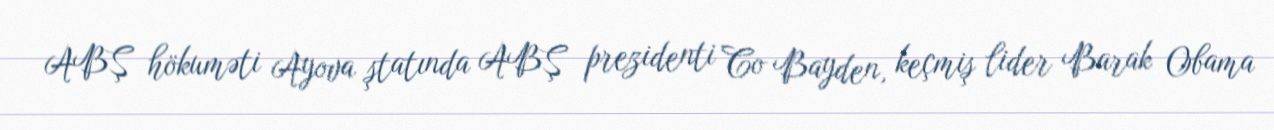
ABŞ hökuməti Ayova ştatında ABŞ prezidenti Co Bayden, keçmiş lider Barak Obama